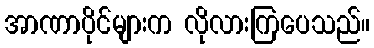
အာဏာပိုင်များက လိုလားကြပေသည်။